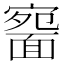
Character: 𩈱